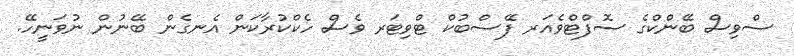
ސްވިސް ބޭންކްގެ ސޮފްޓްވެއަރ ފޭސްބުކް ޓްވިޓަރ ވެސް ހެކްކުރާކަން އެނގެން ބޭނުން ނުވަނީހޭ.